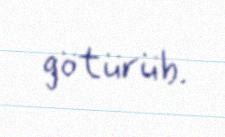
götürüb.